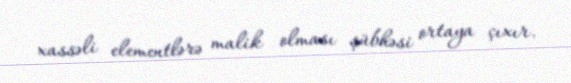
xassəli elementlərə malik olması şübhəsi ortaya çıxır.